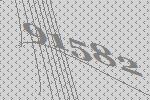
91582